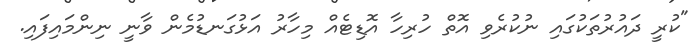
"ކުރީ ދައުރުތަކުގައި ނުކުރެވި އޮތް ހުރިހާ އޮޑިޓެއް މިހާރު އަޅުގަނޑުމެން ވާނީ ނިންމައިފައި.